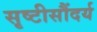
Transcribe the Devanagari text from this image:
सृष्टीसौंदर्य